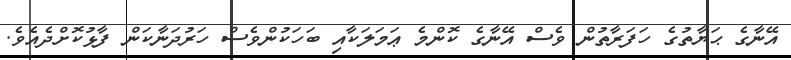
އޭނާގެ ޙަޔާތުގެ ހަފަރާތުން ވެސް އޭނާގެ ކޮންމެ ޢަމަލަކާއި ބަހަކުންވެސް ހަރުދަނާކަން ފާޅުކޮށްދެއެވެ.